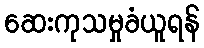
ဆေးကုသမှုခံယူရန်